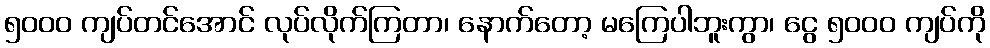
၅၀၀၀ ကျပ်တင်အောင် လုပ်လိုက်ကြတာ၊ နောက်တော့ မကြေပါဘူးကွာ၊ ငွေ ၅၀၀၀ ကျပ်ကို